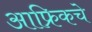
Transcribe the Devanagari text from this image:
आफ्रिकचे